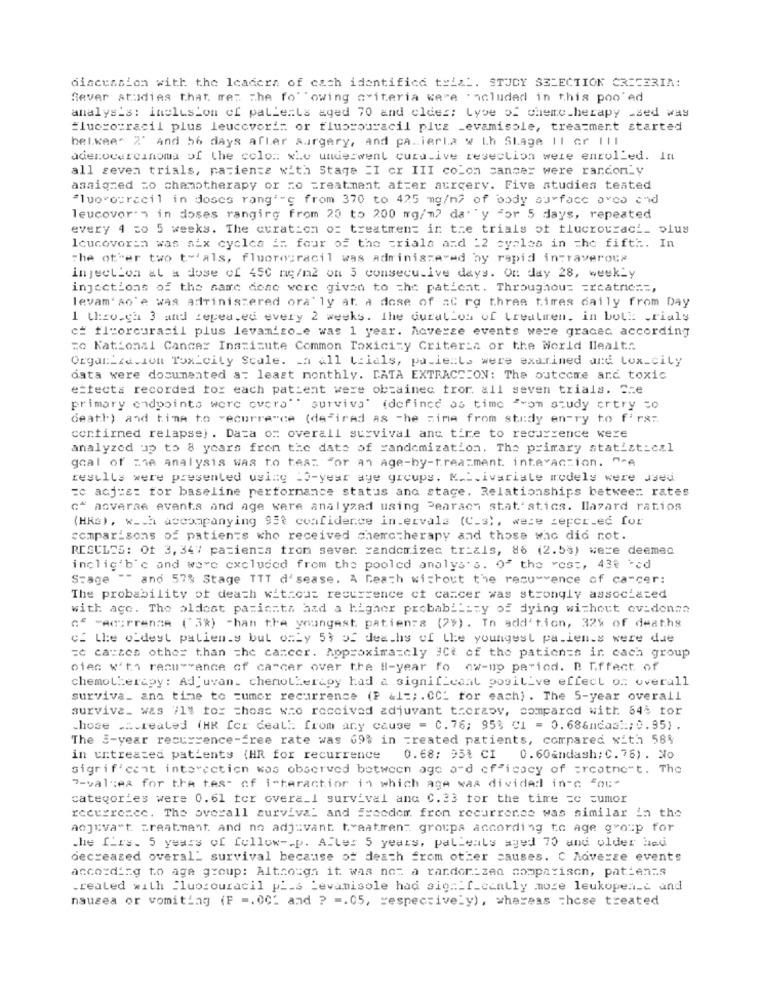
discussion with the leaders of cach identified trial. STJCY SELECTION CRITERIA:
Sever studies that re: the fo" owing criteria were included in this poo ed
analysis: inclusion of palleals aged 70 and clder; Lyse of chemotherapy _sed way
"lucco:racil plus leucovori: or flussouracil plus _evamisole, treatment started
bel.wee- 2' And 56 days afler surgery, and pa .. ieria w Lh Slage 11 or III
adenocarcinoma of the colo: who underwent curative resection were enrolled. In
all seven trials, patients with Stage "I or III colon cancer were ranconly
assigned =o chemotherapy or no treatment atter aurcerv. Five studies teated
Fluorouracil in doses ranging from 370 to 425 mg/m2 of body surface area and
leucovor ., in doses ranging from 20 to 200 mg/m? da""y "or 5 days, repeated
every 4 20 5 weeks. The curation o: treatment in tre trials of tlucrourach_ plus
Icucovoran was six cycles i: four of the trials and :2 cycles in the fifth. In
The other two t 'als, fluorouracil was administered by rapid intraverous
injection at a dose of 450 ne/n2 on 3 consecutive days. Of day 28, weekly
injections of the same done were given to the patient. Throughou= = rcatric ==,
levam' so'e was adrinistered ora' ly at. a dose of aC rg three times daily from Day
1 theo.ch 3 and repea.ed every 2 weeks. The duration of Lrealmren, in both .rials
cf fluorouracil plus levamiso_e was 1 year. Adverse events were gracec according
=o National Cancer Institute Common Toxicity Criteria or the World llealt ..
Organization Toxicity Scale. La All trials, patients were examined and tox_city
data were documented a: least monthly. DATA EXTRACTION: The outcome and toxic
ettects recorded for each patient were obtained tror. all seven trials. Sze
primary endpoints were overa"" surviva' (defined as time "som study ortry =o
death) and time to vecurre"ce (de"irad as -he zima from study en-ry to fira :.
confirmed relapse) . Data om overall survival anc tire to recurrence were
analyzed up to 8 years from the date of randomization. The primary statistical
goal of che analysis was to tes: "or an Age-by-treatment interaction. "^A
results were presented using 10-year age groups. K ... ivariale models were used
=e acj=s: for baseline performance status and stage. Relationships between rates
c" acverse events and age were analyzad using Pearach statistics. Ilazard ratios
(HRe), w_ch accompanying 95t confidence in.ervala (C.s), weze zepcr.ed for
comparisons of patients who received chemotherapy and those who did not.
RESCLES: Ot 3, 347 pazienza trom sever randomizec tr_als, 86 (2.5%) were deemed
inclig'b'c and ware excluded from the pooled analys's. OF the vest, 430 -cd
Stage "" and 57% Stage TTT d' sease. A Reach without the recu -- ence of cancer:
The probability of death wit:cut recurrence ct cancer was strongly associated
with age. The oldest pacienta aad a higher probability of dying without evidence
of "Acirrense ("3%) -han the youngest patients (2#). In addition, 32% of deaths
cf Lhe oldest palien.s but only 53 5S deaths of the youngest pa.ien.s were due
=c ca=zes other than =he cancer. Approximately #Ct of the patients ir cach group
ofen w'ta recurrence of cancer over the B-year to ow-up period. D Effect of
chemotherapy: Adjuvan. chemotherapy had a significant positive effect of overall
surviva_ ana time to =umor recurrence (P &l =; . CC: for each) . The 5-year overall
surviva_ was 71% for those who received adjuvant therapy, compared with 64$ tor
hose ... realed (HR fer deal !: from any cause = C. 76; 953 C1 = 0.68&ndash; 0.95) .
The 3-year recurrence-free rate was 69% in created patients, compared with 58%
in untreated patients (HR for recurrence
0.68: 95% CI
0.60&ndash; C.76) . No
sigrif'cant interaction was observed between age ard efficacy of arcatne"t. The
7-values for the tes- of i-teractior in which age was divided in-c "ou"
categories were 0.61 tor overal survival ana C.33 for the time =c cumor
recurrence. The overall survival and Freedom from recurrence was similar in the
aojeva"t =reatmant. and no adjuvant tyaatmen: groups according to age group for
.he firs. 5 years of follow -. p. Aller 5 years, palleals aged 70 and older Hed
decreased overall survival because of death from other causes. C Adverse events
according to age group: Although it was not a randor:zed comparison, patients
created with "luo:ouracil p __ s Levanisole had significantly more leukopen_c and
nausea or vomiting (F -. 00: and ? -. 05, respectively), whereas chose treated